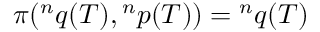
\pi ( { } ^ { n } q ( T ) , { } ^ { n } p ( T ) ) = { } ^ { n } q ( T )